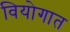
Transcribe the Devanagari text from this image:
वियोगात